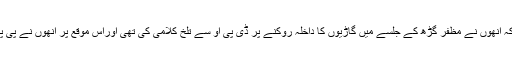
اے آر وائی نیوز کے مطابق رکن پنجاب اسمبلی علی حیدر گیلانی پر الزام ہے کہ انھوں نے مظفر گڑھ کے جلسے میں گاڑیوں کا داخلہ روکنے پر ڈی پی او سے تلخ کلامی کی تھی اوراس موقع پر انھوں نے پی پی کے کارکنوں کے ساتھ ڈی پی او اور پولیس اہل کاروں کو دھکے دیے تھے۔